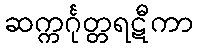
ဆက္ကင်္ဂုတ္တရဋီကာ